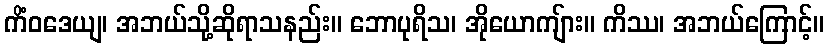
ကိံဝဒေယျ၊ အဘယ်သို့ဆိုရာသနည်း။ ဘောပုရိသ၊ အိုယောကျ်ား။ ကိဿ၊ အဘယ်ကြောင့်။